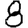
Digit: 8